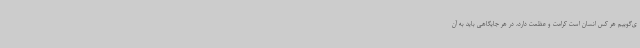
ی‌گوییم هر کس انسان است کرامت و عظمت دارد، در هر جایگاهی باید به آن